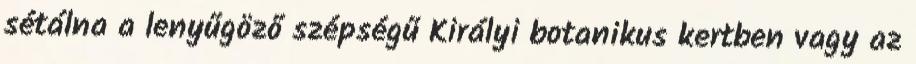
sétálna a lenyűgöző szépségű Királyi botanikus kertben vagy az